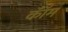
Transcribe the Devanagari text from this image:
कॉँम